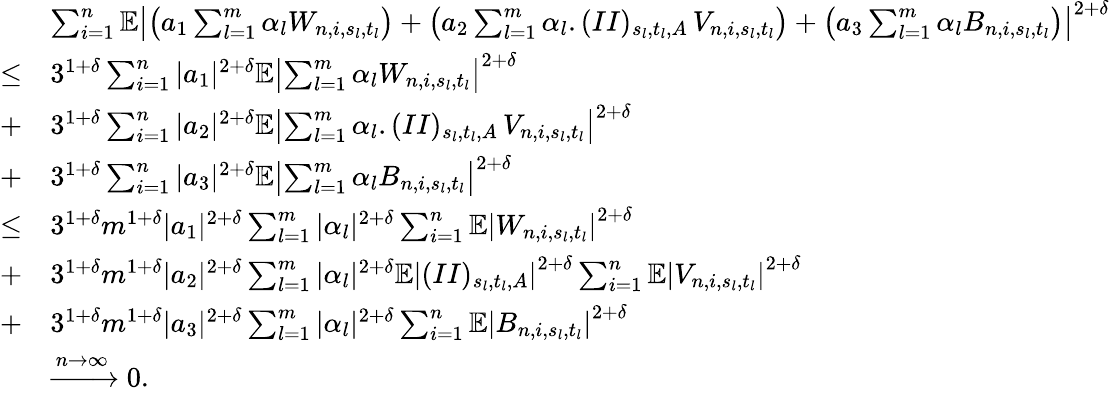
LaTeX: \begin{array}{rl}&{\sum_{i=1}^{n}\mathbb{E}\left|\left(a_{1}\sum_{l=1}^{m}\alpha_{l}W_{n,i,s_{l},t_{l}}\right)+\left(a_{2}\sum_{l=1}^{m}\alpha_{l}.(II)_{s_{l},t_{l},A}\, V_{n,i,s_{l},t_{l}}\right)+\left(a_{3}\sum_{l=1}^{m}\alpha_{l}B_{n,i,s_{l},t_{l}}\right)\right|^{2+\delta}}\\ {\leq}&{3^{1+\delta}\sum_{i=1}^{n}|a_{1}|^{2+\delta}\mathbb{E}\left|\sum_{l=1}^{m}\alpha_{l}W_{n,i,s_{l},t_{l}}\right|^{2+\delta}}\\ {+}&{3^{1+\delta}\sum_{i=1}^{n}|a_{2}|^{2+\delta}\mathbb{E}\left|\sum_{l=1}^{m}\alpha_{l}.(II)_{s_{l},t_{l},A}\, V_{n,i,s_{l},t_{l}}\right|^{2+\delta}}\\ {+}&{3^{1+\delta}\sum_{i=1}^{n}|a_{3}|^{2+\delta}\mathbb{E}\left|\sum_{l=1}^{m}\alpha_{l}B_{n,i,s_{l},t_{l}}\right|^{2+\delta}}\\ {\leq}&{3^{1+\delta}m^{1+\delta}|a_{1}|^{2+\delta}\sum_{l=1}^{m}|\alpha_{l}|^{2+\delta}\sum_{i=1}^{n}\mathbb{E}\left|W_{n,i,s_{l},t_{l}}\right|^{2+\delta}}\\ {+}&{3^{1+\delta}m^{1+\delta}|a_{2}|^{2+\delta}\sum_{l=1}^{m}|\alpha_{l}|^{2+\delta}\mathbb{E}\left|(II)_{s_{l},t_{l},A}\right|^{2+\delta}\sum_{i=1}^{n}\mathbb{E}\left|V_{n,i,s_{l},t_{l}}\right|^{2+\delta}}\\ {+}&{3^{1+\delta}m^{1+\delta}|a_{3}|^{2+\delta}\sum_{l=1}^{m}|\alpha_{l}|^{2+\delta}\sum_{i=1}^{n}\mathbb{E}\left|B_{n,i,s_{l},t_{l}}\right|^{2+\delta}}\\ &{\xrightarrow{n\to\infty}0.}\end{array}